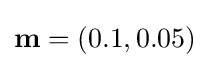
\mathbf {m} =(0.1,0.05)